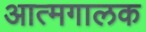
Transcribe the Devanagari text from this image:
आत्मगालक